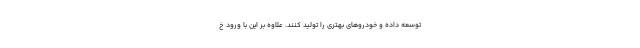
توسعه داده و خودروهای بهتری را تولید کنند. علاوه بر این با ورود خ